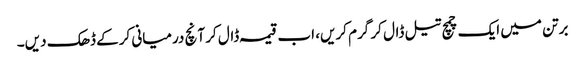
برتن میں ایک چمچ تیل ڈال کر گرم کریں، اب قیمہ ڈال کر آنچ درمیانی کرکے ڈھک دیں۔